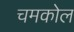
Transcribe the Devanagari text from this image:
चमकोल